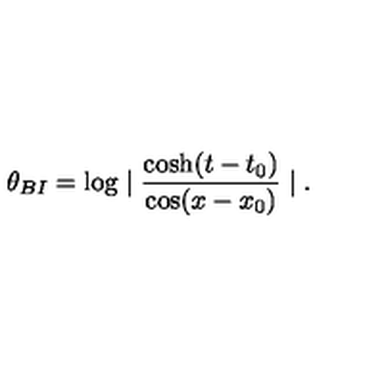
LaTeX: \theta _ { B I } = \log \mid \frac { \cosh ( t - t _ { 0 } ) } { \cos ( x - x _ { 0 } ) } \mid .